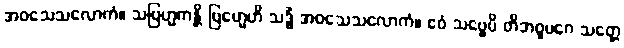
အဝသေသလောကံ။ သဗြဟ္မကန္တိ ဗြဟ္မေဟိ သဒ္ဓိံ အဝသေသလောကံ။ ဧဝံ သဗ္ဗေပိ တိဘဝူပဂေ သတ္တေ